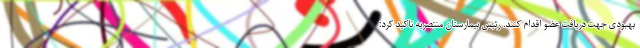
بهبودی جهت دریافت عضو اقدام کنند. رئیس بیمارستان منتصریه تاکید کرد: